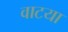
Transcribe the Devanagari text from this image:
वाटया